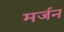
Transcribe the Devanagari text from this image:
मर्जन